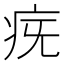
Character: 𤵀